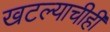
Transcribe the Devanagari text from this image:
खटल्याचीही